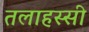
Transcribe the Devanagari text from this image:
तलाहस्सी